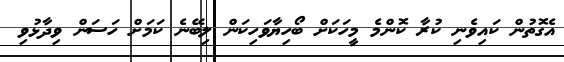
އެގޮތުން ކައިވެނި ކުރާ ކޮންމެ މީހަކަށް ބޯހިޔާވަހިކަން ލިބޭނެ ކަމަށް ހަސަން ވިދާޅުވި